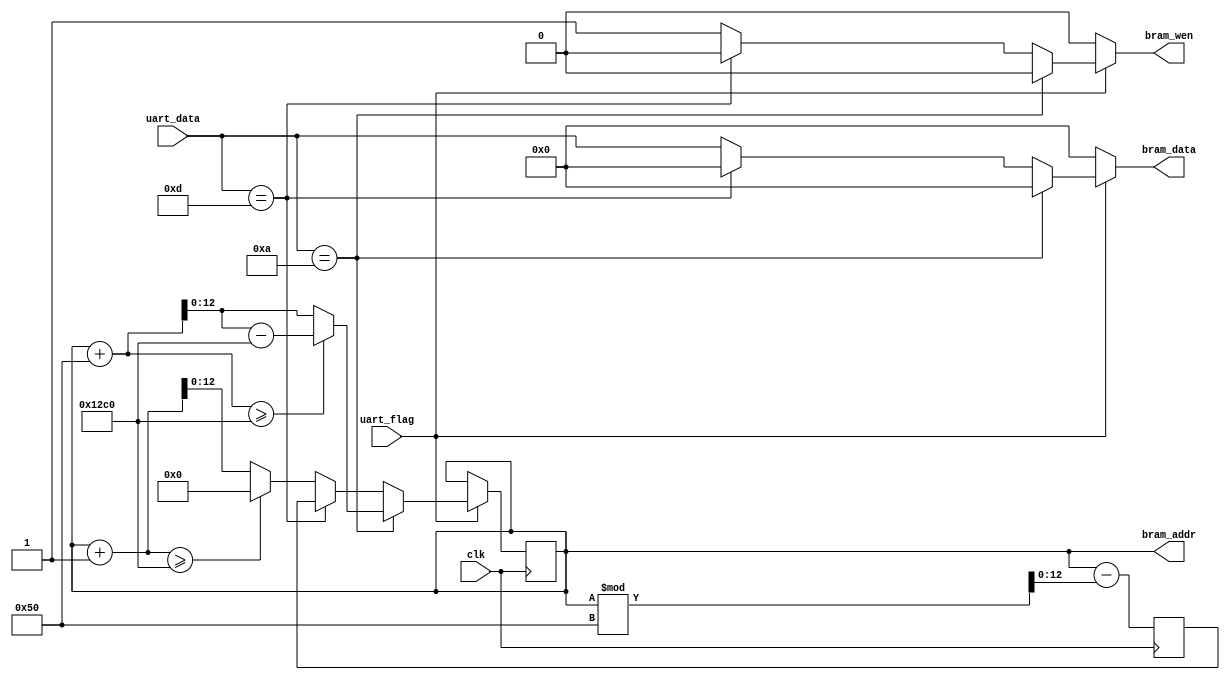
`timescale 1ns / 1ps
//////////////////////////////////////////////////////////////////////////////////
// Company: 
// Engineer: 
// 
// Design Name: 
// Module Name: uart2bram
// Project Name: 
// Target Devices: 
// Tool Versions: 
// Description: 
// 
// Dependencies: 
// 
// Revision:
// Revision 0.01 - File Created
// Additional Comments:
// 
//////////////////////////////////////////////////////////////////////////////////


module uart2bram #(
    parameter SCREEN_ADDRESS_WIDTH = 13,
    parameter HORIZONTAL_SLOT_COUNT = 80,
    parameter VERTICAL_SLOT_COUNT = 60
) (
    input wire clk,
    input wire uart_flag,
    input wire [6:0] uart_data,
    output reg bram_wen,
    output reg [6:0] bram_data,
    output reg [SCREEN_ADDRESS_WIDTH-1:0] bram_addr = 0
);
    localparam TOTAL_SLOT_COUNT = HORIZONTAL_SLOT_COUNT * VERTICAL_SLOT_COUNT;
    reg [SCREEN_ADDRESS_WIDTH-1:0] n_bram_addr;
    reg [SCREEN_ADDRESS_WIDTH-1:0] start_of_line_addr = 0, line_number = 0;
    always@(posedge clk) begin
        line_number = bram_addr % HORIZONTAL_SLOT_COUNT;
        start_of_line_addr = bram_addr - line_number;
    end
    always@(uart_flag, uart_data, bram_addr)
        if (uart_flag == 1'b1) begin
            if (uart_data == 8'hA) begin // LINE FEED
                bram_wen = 1'b0;
                bram_data = 'b0;
                if (bram_addr + HORIZONTAL_SLOT_COUNT >= TOTAL_SLOT_COUNT)
                    n_bram_addr = bram_addr + HORIZONTAL_SLOT_COUNT - TOTAL_SLOT_COUNT;
                else
                    n_bram_addr = bram_addr + HORIZONTAL_SLOT_COUNT;
            end else if (uart_data == 8'hD) begin // CARRIAGE RETURN
                bram_wen = 1'b0;
                bram_data = 'b0;
                n_bram_addr = start_of_line_addr;
            end else begin
                bram_wen = 1'b1;
                bram_data = uart_data;
                if (bram_addr+1 >= TOTAL_SLOT_COUNT)
                    n_bram_addr = 'b0;
                else
                    n_bram_addr = bram_addr + 1;
            end
        end else begin
            bram_wen = 1'b0;
            bram_data = 'b0;
            n_bram_addr = bram_addr;
        end
    always@(posedge clk)
        bram_addr <= n_bram_addr;
endmodule